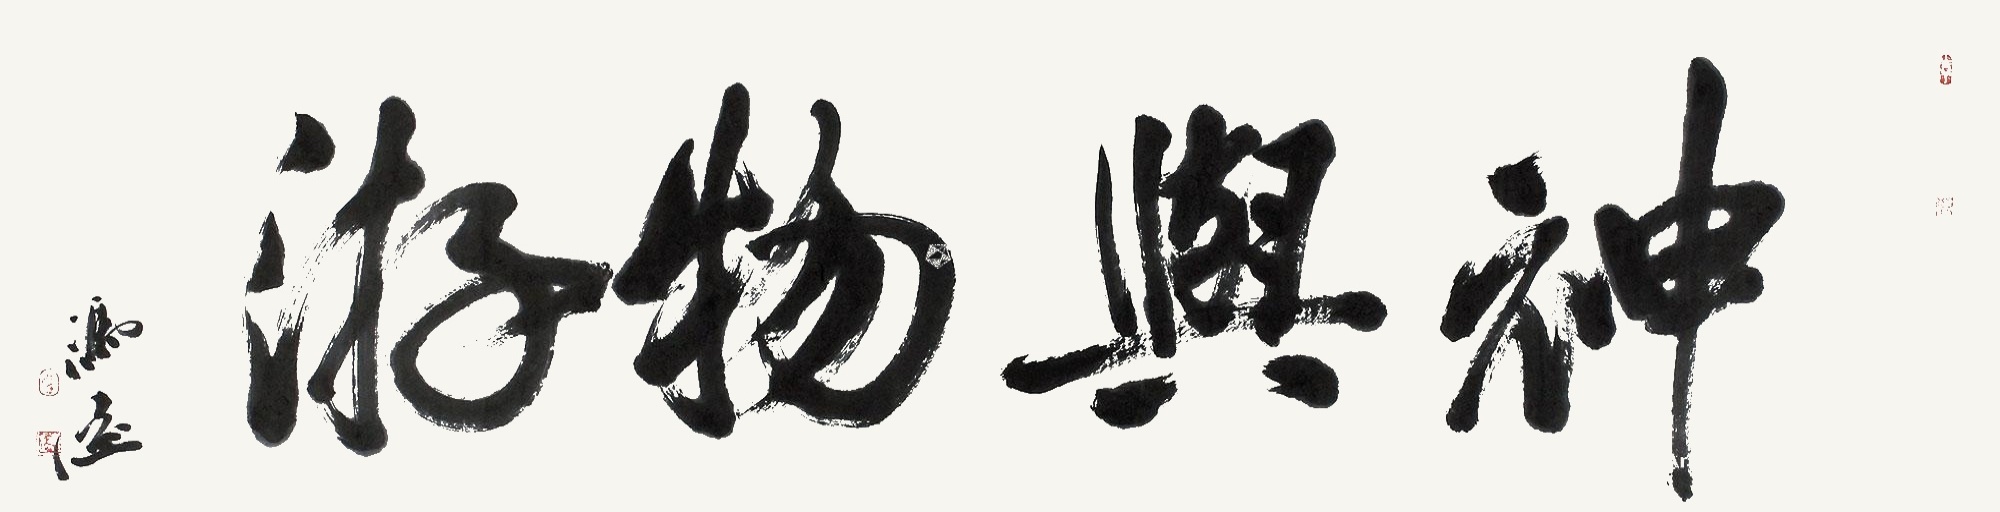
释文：神与物游冯远。